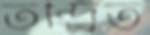
তন্দ্র্রিত